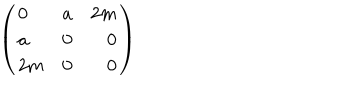
\left( \begin{array} { l c r } { { 0 } } & { { a } } & { { 2 m } } \\ { { a } } & { { 0 } } & { { 0 } } \\ { { 2 m } } & { { 0 } } & { { 0 } } \\ \end{array} \right)